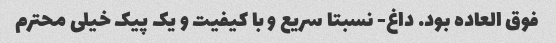
فوق العاده بود. داغ- نسبتا سریع و با کیفیت و یک پیک خیلی محترم